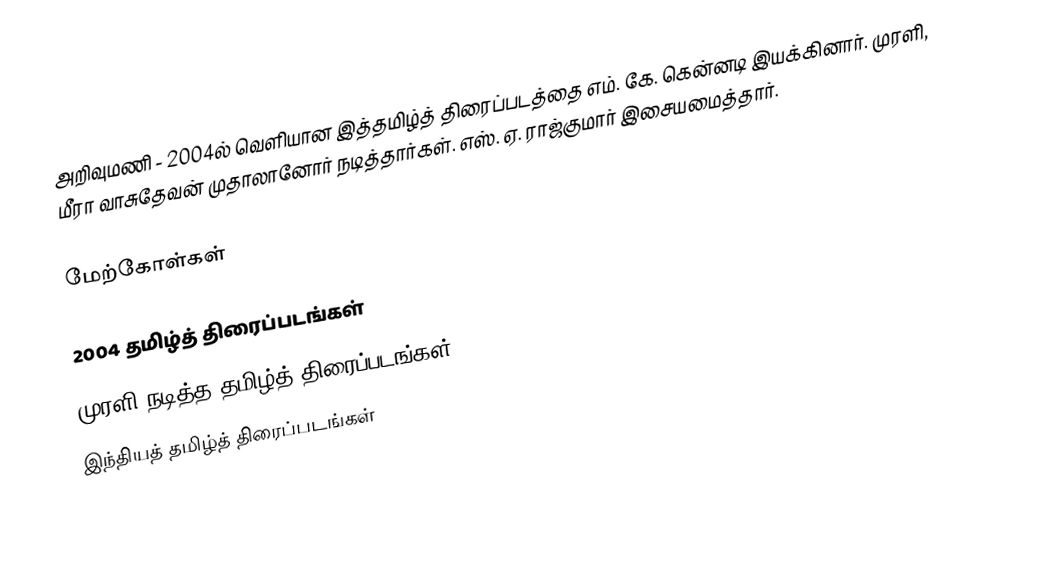
அறிவுமணி - 2004ல் வெளியான இத்தமிழ்த் திரைப்படத்தை எம். கே. கென்னடி இயக்கினார்.  முரளி, மீரா வாசுதேவன் முதாலானோர் நடித்தார்கள். எஸ். ஏ. ராஜ்குமார் இசையமைத்தார்.

மேற்கோள்கள்

2004 தமிழ்த் திரைப்படங்கள்
முரளி நடித்த தமிழ்த் திரைப்படங்கள்
இந்தியத் தமிழ்த் திரைப்படங்கள்